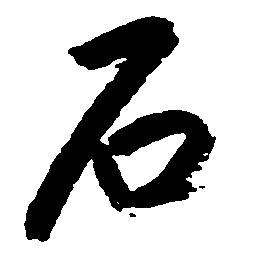
石